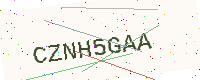
Text: CZNH5GAA